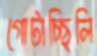
গোটাচ্ছিলি